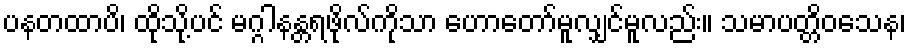
ပနတထာပိ၊ ထိုသို့ပင် မဂ္ဂါနန္တရဖိုလ်ကိုသာ ဟောတော်မူလျှင်မူလည်း။ သမာပတ္တိဝသေန၊